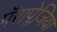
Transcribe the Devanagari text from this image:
पॅराप्लेजिया